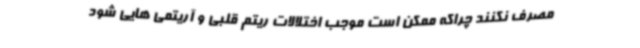
مصرف نکنند چراکه ممکن است موجب اختلالات ریتم قلبی و آریتمی هایی شود